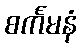
စင်္ကမနံ